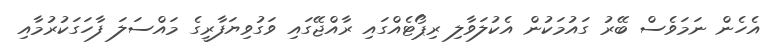
އެހެން ނަމަވެސް ބޭރު ގައުމަކުން އެކުލަވާލި ރިޕޯޓެއްގައި ރާއްޖޭގައި ވަގުވިޔަފާރީގެ މައްސަލަ ފާހަގަކުރުމާއި